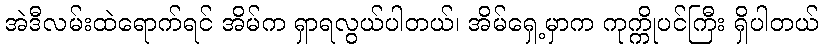
အဲဒီလမ်းထဲရောက်ရင် အိမ်က ရှာရလွယ်ပါတယ်၊ အိမ်ရှေ့မှာက ကုက္ကိုပင်ကြီး ရှိပါတယ်